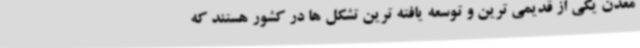
معدن یکی از قدیمی ترین و توسعه یافته ترین تشکل ها در کشور هستند که